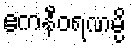
ဧကနီဝရဏမ္ပိ